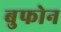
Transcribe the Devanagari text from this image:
बुफोन